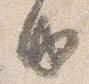
由